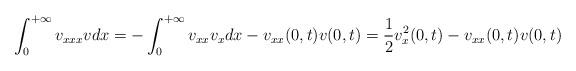
LaTeX: \begin{align*}\int_0^{+\infty}v_{xxx}v dx=-\int_0^{+\infty}v_{xx}v_xdx-v_{xx}(0,t)v(0,t)=\frac12 v_x^2(0,t)-v_{xx}(0,t)v(0,t)\end{align*}